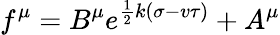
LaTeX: f^{\mu}=B^{\mu}e^{\frac{1}{2}k(\sigma-v\tau)}+A^{\mu}